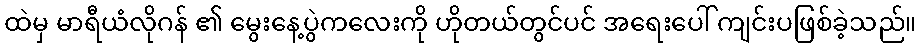
ထဲမှ မာရီယံလိုဂန် ၏ မွေးနေ့ပွဲကလေးကို ဟိုတယ်တွင်ပင် အရေးပေါ် ကျင်းပဖြစ်ခဲ့သည်။